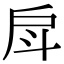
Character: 戽